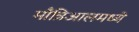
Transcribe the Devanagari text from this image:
माँत्रिआलमध्ये